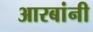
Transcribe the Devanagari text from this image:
आरबांनी